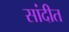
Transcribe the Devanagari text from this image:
सांदीत